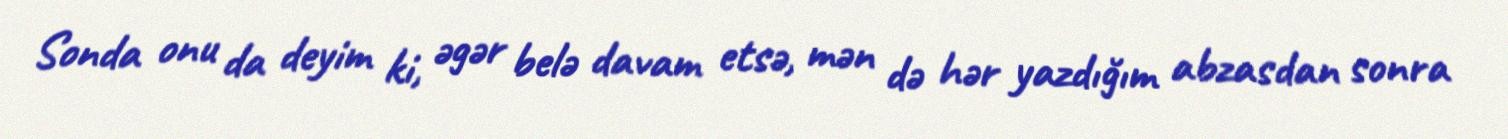
Sonda onu da deyim ki, əgər belə davam etsə, mən də hər yazdığım abzasdan sonra